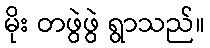
မိုး တဖွဲဖွဲ ရွာသည်။